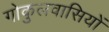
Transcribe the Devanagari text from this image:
गोकुलवासियों